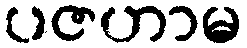
ပဇဟာမ